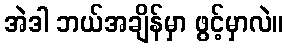
အဲဒါ ဘယ်အချိန်မှာ ဖွင့်မှာလဲ။